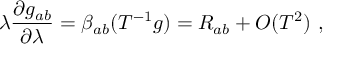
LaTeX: \lambda { \frac { \partial g _ { a b } } { \partial \lambda } } = \beta _ { a b } ( T ^ { - 1 } g ) = R _ { a b } + O ( T ^ { 2 } ) ~ ,